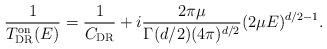
LaTeX: \begin{align*}\frac{1}{T^{\rm on}_{\rm DR}(E)}={\frac{1}{C_{\rm DR}} + i \frac{2 \pi \mu} {\Gamma(d/2) (4 \pi)^{d/2}} (2 \mu E)^{d/2 - 1}}.\end{align*}